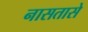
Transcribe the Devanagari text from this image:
नासतासे